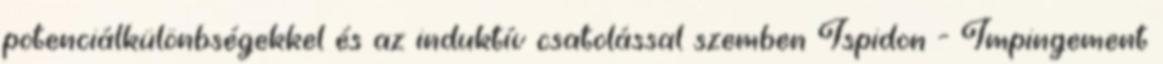
potenciálkülönbségekkel és az induktív csatolással szemben Ispidon - Impingement